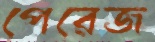
পেরেজ